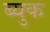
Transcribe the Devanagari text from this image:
ब्युक